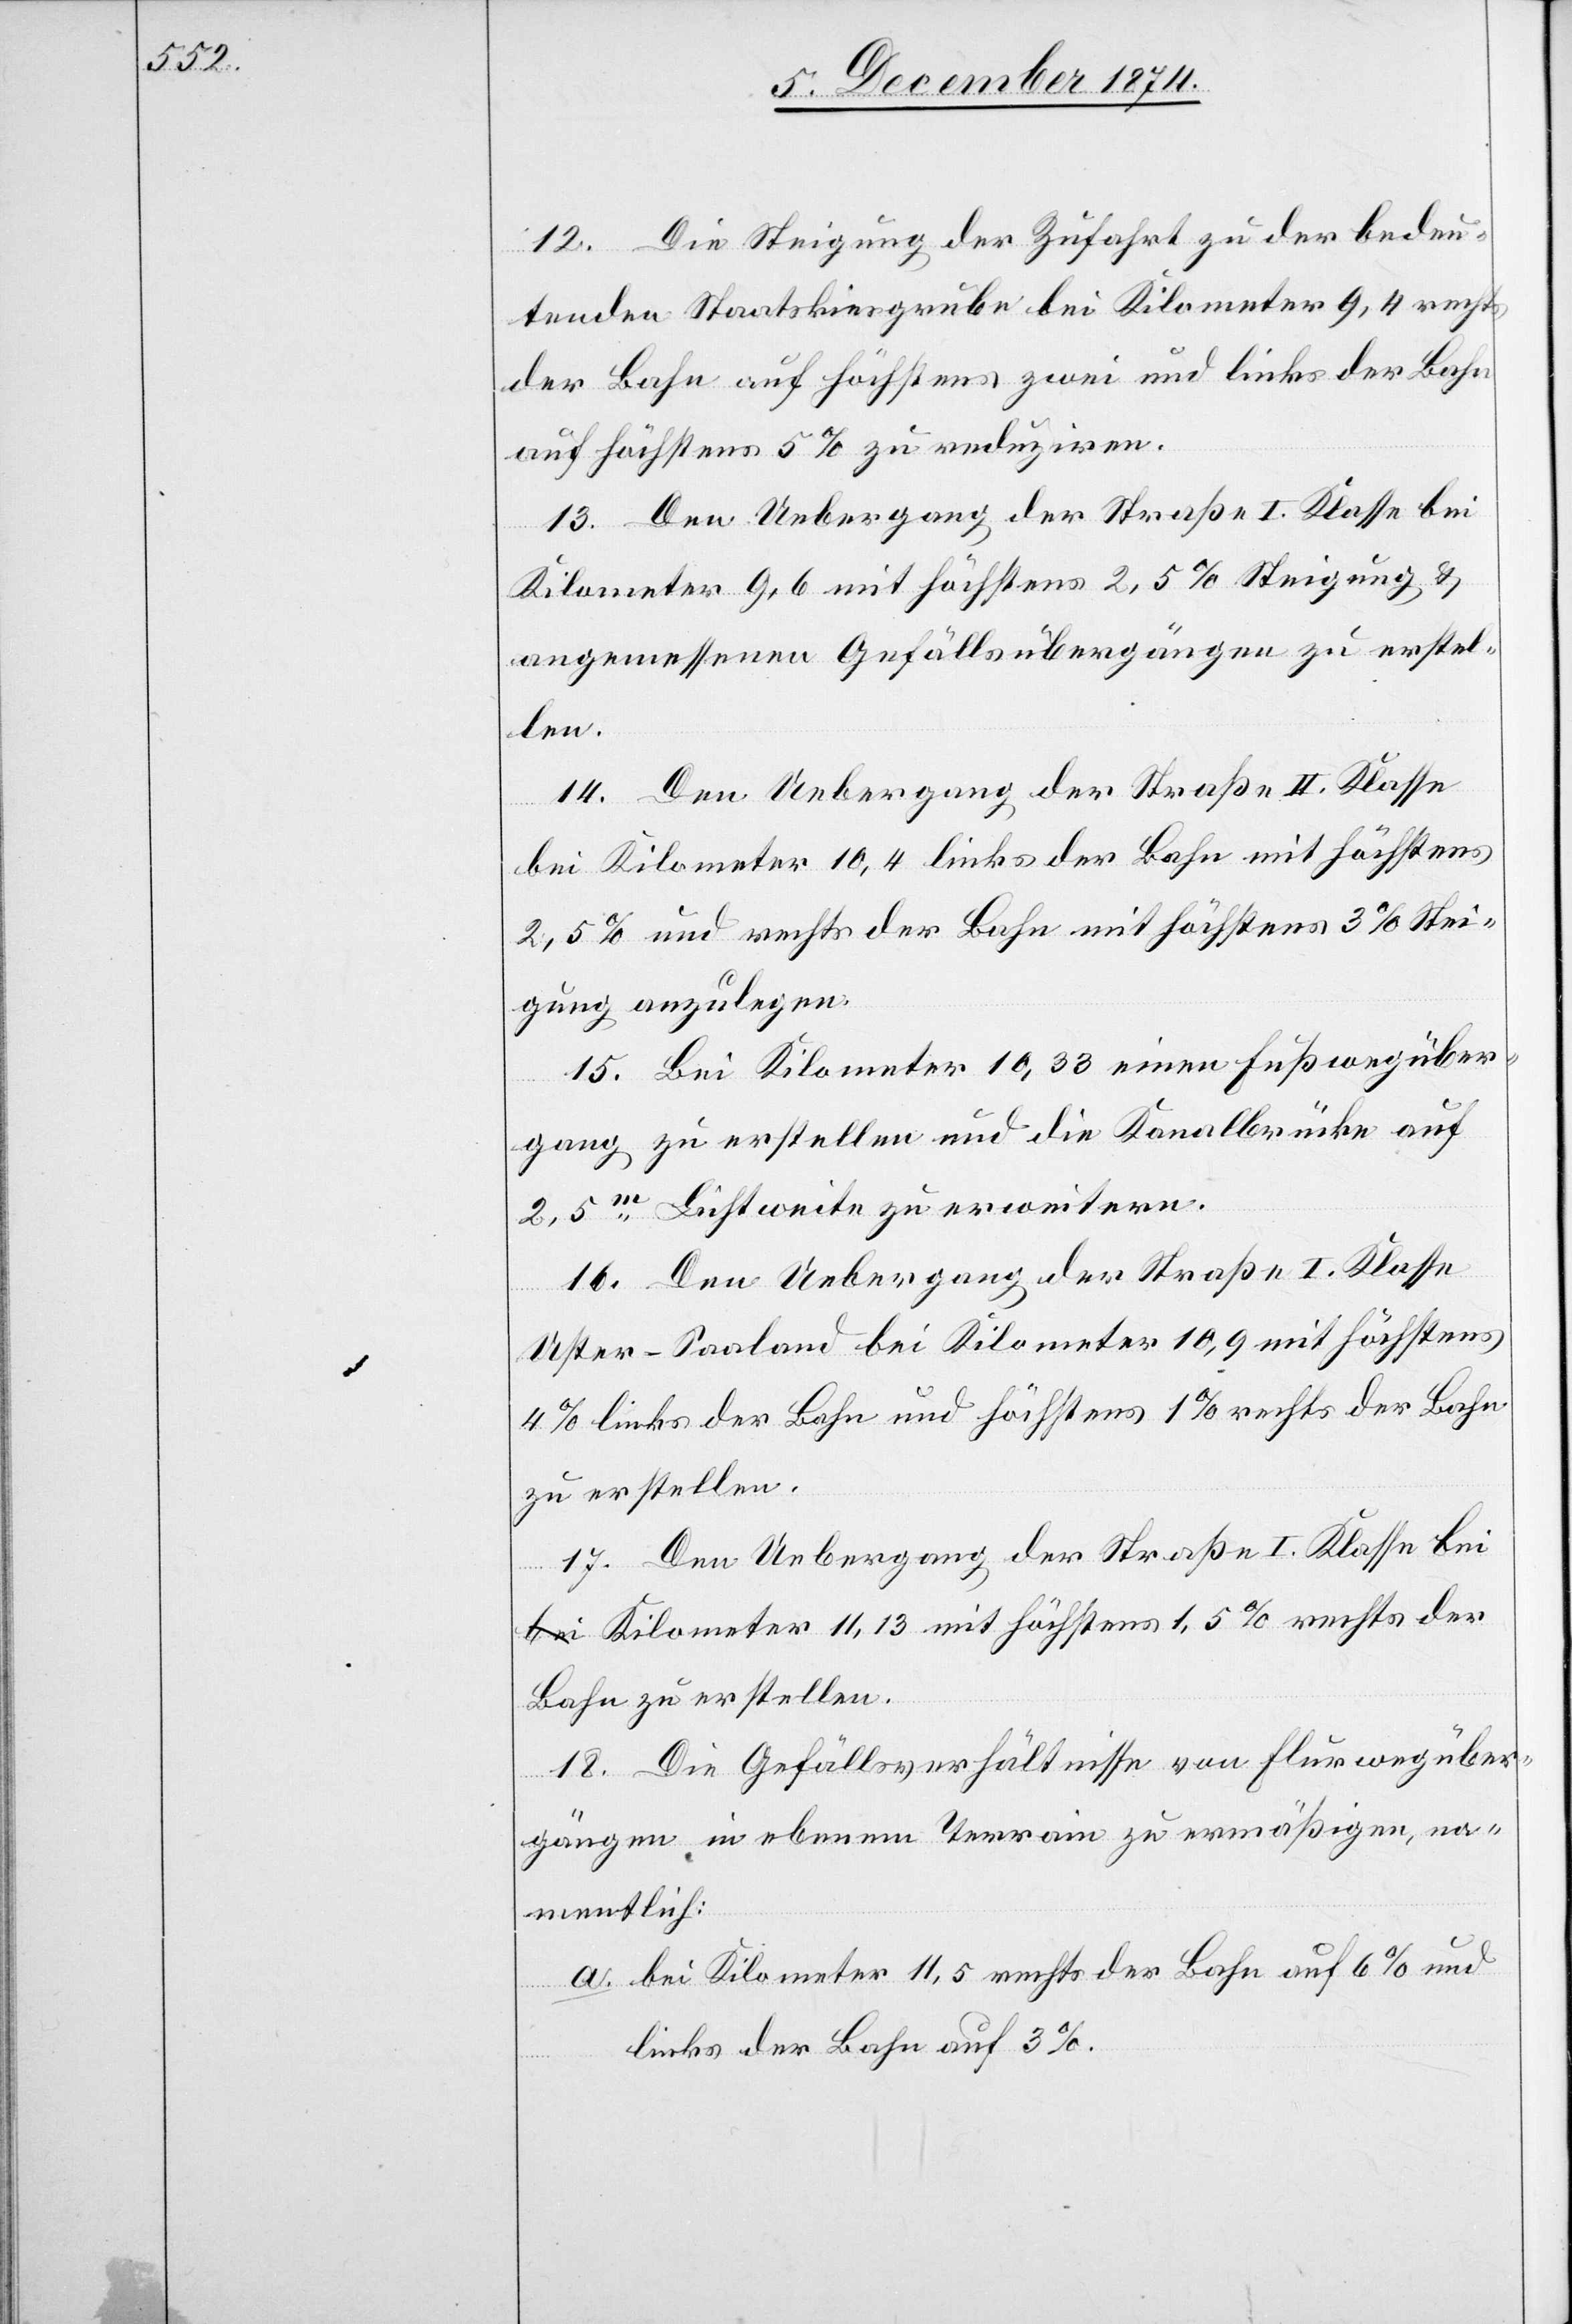
12. Die Steigung der Zufahrt zu der bedeu¬
tenden Staatskiesgrube bei Kilometer 9,4 rechts
der Bahn auf höchstens zwei und links der Bahn
auf höchstens 5% zu reduziren.
13. Den Uebergang der Straße I. Klasse bei
Kilometer 9,6 mit höchstens 2,5% Steigung &
angemessenen Gefällsübergängen zu erstel¬
len.
14. Den Uebergang der Straße II. Klasse
bei Kilometer 10,4 links der Bahn mit höchstens
2,5% und rechts der Bahn mit höchstens 3% Stei¬
gung anzulegen.
15. Bei Kilometer 10,33 einen Fußwegüber¬
gang zu erstellen und die Kanalbrücke auf
2,5m Lichtweite zu erweitern.
17. Den Uebergang der Straße I. Klasse
Uster–Saaland bei Kilometer 10,9 mit höchstens
4% links der Bahn und höchstens 1% rechts der Bahn
zu erstellen.
bei Kilometer 11,3 mit höchstens 1,5% rechts der
Bahn zu erstellen.
18. Die Gefällsverhältnisse von Flurwegüber¬
gängen in ebenen Terrain zu ermäßigen, na¬
mentlich:
a. bei Kilometer 11,5 rechts der Bahn auf 6% und
links der Bahn auf 3%.